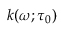
k ( \omega ; \tau _ { 0 } )